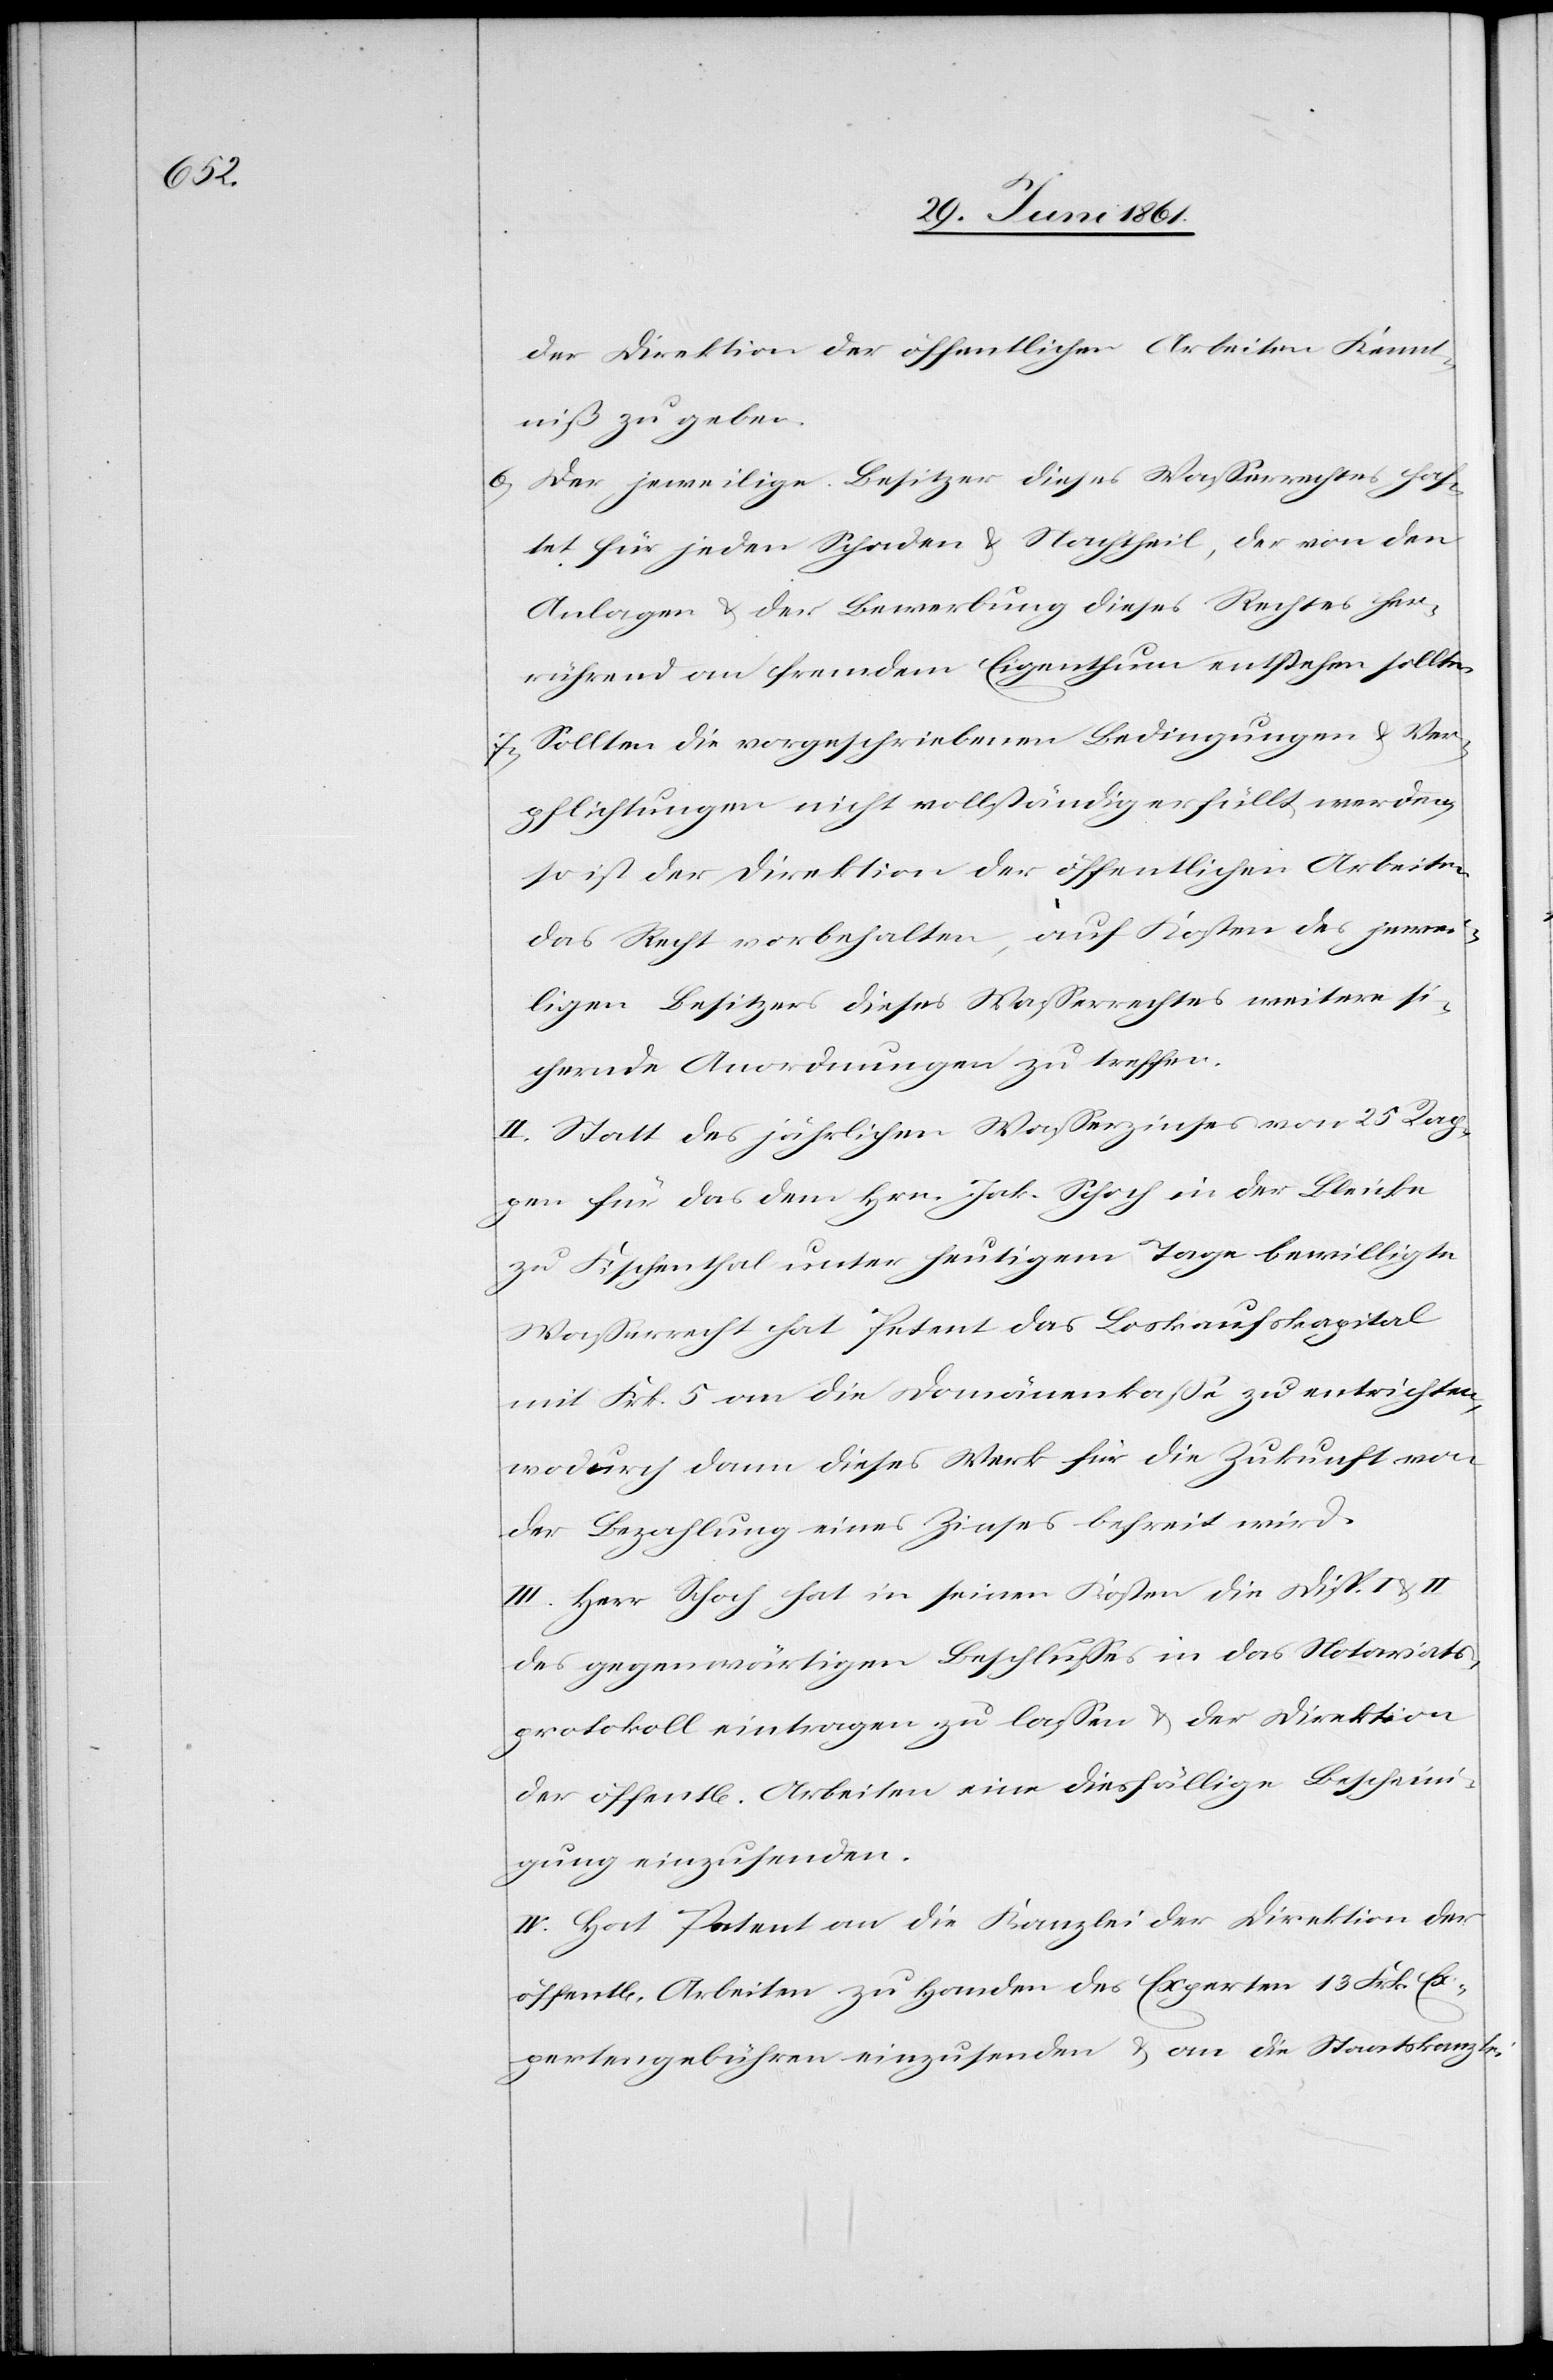
der Direktion der öffentlichen Arbeiten Kennt¬
niß zu geben.
6) Der jeweilige Besitzer dieses Wasserrechtes haf¬
tet für jeden Schaden u. Nachtheil, der von den
Anlagen u. der Bewerbung dieses Rechtes her¬
rührend an fremdem Eigenthum entstehen sollte.
7) Sollten die vorgeschriebenen Bedingungen u. Ver¬
pflichtungen nicht vollständig erfüllt werden,
so ist der Direktion der öffentlichen Arbeiten
das Recht vorbehalten, auf Kosten des jewei¬
ligen Besitzers dieses Wasserrechtes weitere si¬
chernde Anordnungen zu treffen.
II. Statt des jährlichen Wasserzinses von 25 Rap¬
pen für das dem Hrn. Jak. Schoch in der Bleike
zu Fischenthal unter heutigem Tage bewilligte
Wasserrecht hat Petent das Loskaufskapital
mit Frk. 5 an die Domänenkasse zu entrichten,
wodurch dann dieses Werk für die Zukunft von
der Bezahlung eines Zinses befreit wird.
III. Herr Schoch hat in seinen Kosten die Disp. I u. II
des gegenwärtigen Beschlusses in das Notariats¬
protokoll eintragen zu lassen u. der Direktion
der öffent[lichen] Arbeiten eine diesfällige Bescheini¬
gung einzusenden.
IV. Hat Petent an die Kanzlei der Direktion der
öffent[lichen] Arbeiten zu Handen des Experten 13 Frk. E¬
xpertengebühren einzusenden u. an die Staatskanzlei